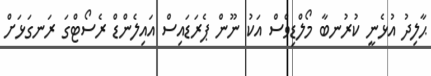
ޙާލިދު އުޅެނީ ކުރުނބާ މޯލްޑިވްސް އަކު ނޫން ޕެރަޑައިސް އައިލެންޑް ރެސޯޓްގަ ރަނގަޅަށް